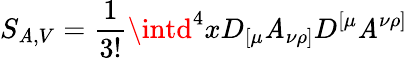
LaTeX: S_{\mathit{A},V}=\frac{{1}}{{3!}}\intd^{4}xD_{[\mu}\mathit{A}_{\nu\rho]}D^{[\mu}\mathit{A}^{\nu\rho]}